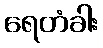
ရေတံခါး